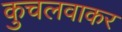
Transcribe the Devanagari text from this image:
कुचलवाकर